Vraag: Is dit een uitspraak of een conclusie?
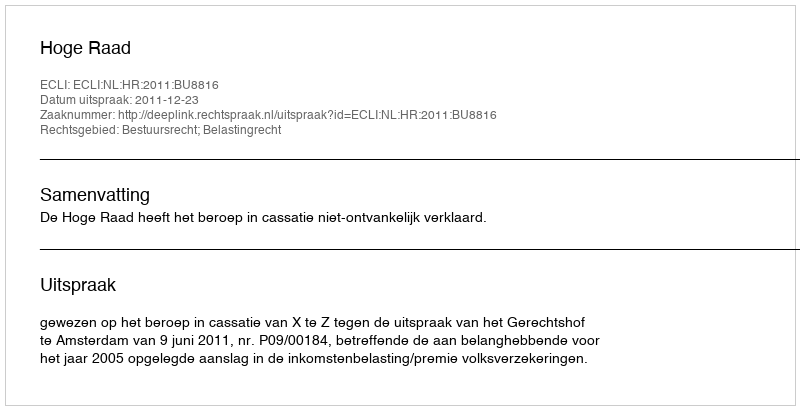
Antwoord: Uitspraak